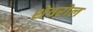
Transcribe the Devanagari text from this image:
शेवरोल